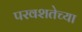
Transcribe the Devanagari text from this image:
परवशतेच्या